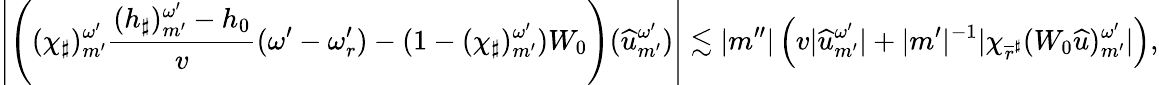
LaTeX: \left|\left((\chi_{\sharp})_{m^{\prime}}^{\omega^{\prime}}\frac{(h_{\sharp})_{m^{\prime}}^{\omega^{\prime}}-h_{0}}{v}({\omega^{\prime}}-\omega_{r}^{\prime})-(1-(\chi_{\sharp})_{m^{\prime}}^{\omega^{\prime}})W_{0}\right)({\widehat{u}}_{m^{\prime}}^{\omega^{\prime}})\right|\lesssim|m^{\prime\prime}|\left(v|{\widehat{u}}_{m^{\prime}}^{\omega^{\prime}}|+|m^{\prime}|^{-1}|\chi_{\overline{{r}}^{\sharp}}(W_{0}{\widehat{u}})_{m^{\prime}}^{\omega^{\prime}}|\right),